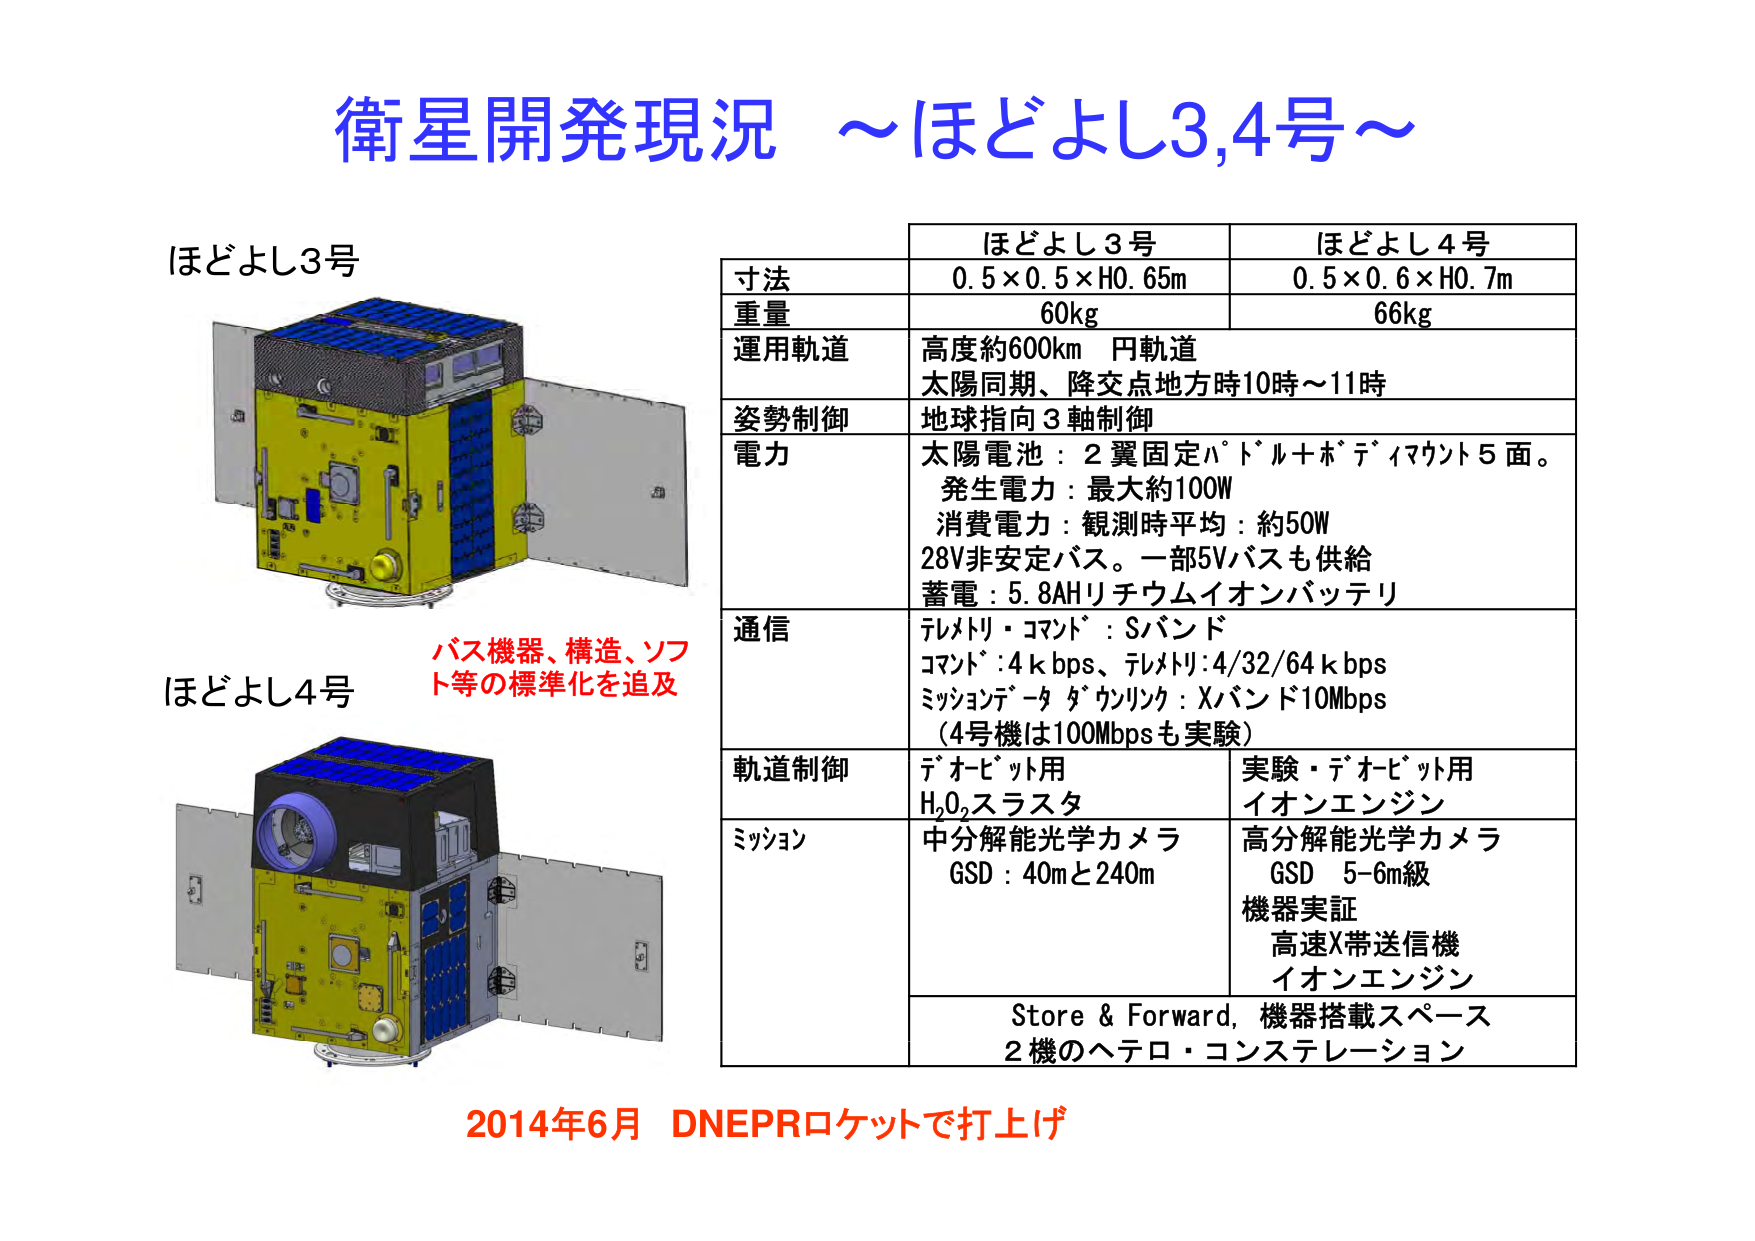
衛星開発現況 ～ほどよし3,4号～

ほどよし3号

ほどよし4号
バス機器、構造、ソフト等の標準化を追及

ほどよし3号 ほどよし4号
寸法 0.5×0.5×H0.65m 0.5×0.6×H0.7m
重量 60kg 66kg
運用軌道 高度約600km 円軌道
太陽同期、降交点地方時10時～11時
姿勢制御 地球指向3軸制御
電力 太陽電池：2翼固定パドル＋ポディマウント5面。
発生電力：最大約100W
消費電力：観測時平均：約50W
28V非安定バス。一部5Vバスも供給
蓄電：5.8AHリチウムイオンバッテリ
通信 テレメトリ・コマンド：Sバンド
コマンド：4kbps、テレメトリ：4/32/64kbps
ミッションデータダウンリンク：Xバンド10Mbps
（4号機は100Mbpsも実験）
軌道制御 デポービット用 H₂O₂スラスタ 実験・デポービット用 イオンエンジン
ミッション 中分解能光学カメラ GSD：40mと240m 高分解能光学カメラ GSD 5-6m級 機器実証 高速X帯送信機 イオンエンジン
Store & Forward, 機器搭載スペース 2機のヘテロ・コンステレーション

2014年6月 DNEPRロケットで打上げ